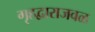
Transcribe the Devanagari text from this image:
गृहद्वाराजवळ